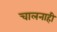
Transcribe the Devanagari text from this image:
चालनाही